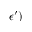
\epsilon { \prime } )